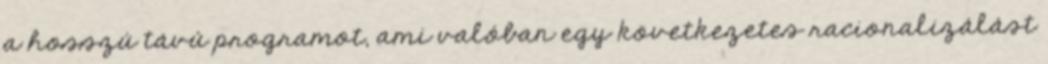
a hosszú távú programot, ami valóban egy következetes racionalizálást